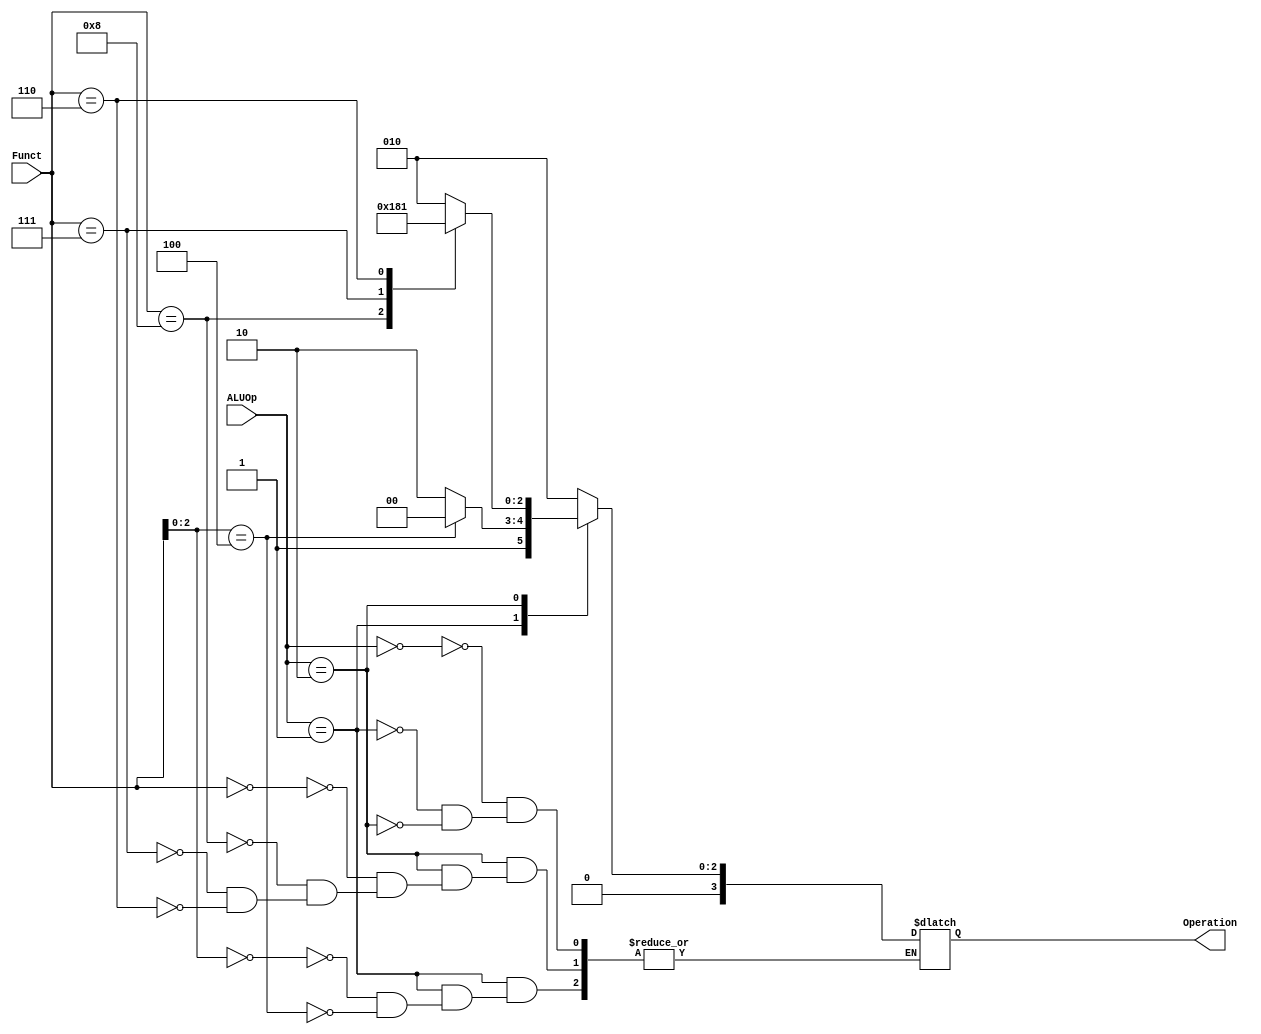
`timescale 1ns / 1ps
//////////////////////////////////////////////////////////////////////////////////
// Company: 
// Engineer: 
// 
// Design Name: 
// Module Name: ALU_Control
// Project Name: 
// Target Devices: 
// Tool Versions: 
// Description: 
// 
// Dependencies: 
// 
// Revision:
// Revision 0.01 - File Created
// Additional Comments:
// 
//////////////////////////////////////////////////////////////////////////////////


module ALU_Control
(
    input [1:0] ALUOp, // 2 bit ALUOPcode
    input [3:0] Funct, // 4 bit func to detemine what type of operation will be performed
    output reg [3:0] Operation // 4 bit Output operation
);
always @(*)
begin
    case(ALUOp)
        2'b00: // ALUOp = 00, R-type
        begin
            Operation = 4'b0010; // ALU operation: Add
        end
        
        2'b01: // ALUOp = 01, Branch type
        begin
            case(Funct[2:0])
                3'b000: // beq when func3 = 000
                begin
                    Operation = 4'b0110; // ALU operation: Subtract
                end
                
                3'b100: // blt whne func3 = 100
                begin
                    Operation = 4'b0100; // ALU operation Less than
                end
            endcase
        end

        2'b10: // ALUOp = 10, immediate type instructions
        begin
            case(Funct)
                4'b0000: // Funct = 0000
                begin
                    Operation = 4'b0010; // Immediate Add
                end
                
                4'b1000: // Funct = 1000
                begin
                    Operation = 4'b0110; // Immediate Subtract
                end
                
                4'b0111: // Funct = 0111
                begin
                    Operation = 4'b0000; // ALU operation: AND
                end
                
                4'b0110: // Funct = 0110
                begin
                    Operation = 4'b0001; // ALU operation: OR
                end
            endcase
        end
    endcase
end

endmodule